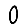
Digit: 0